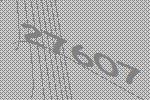
27607